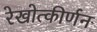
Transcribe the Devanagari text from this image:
रेखोत्कीर्णन